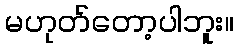
မဟုတ်တော့ပါဘူး။